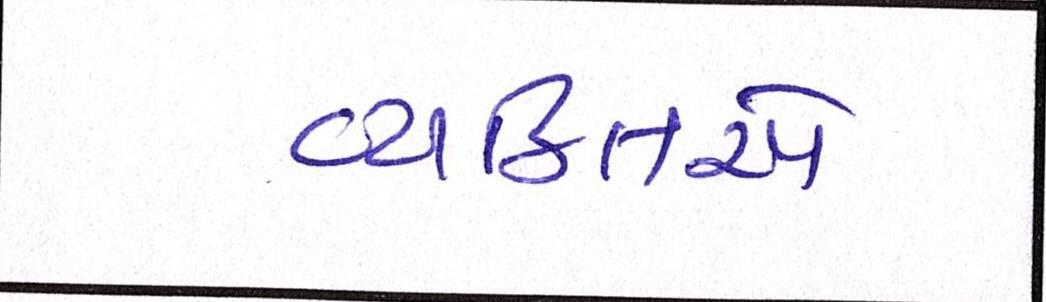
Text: વ્યકિતએ